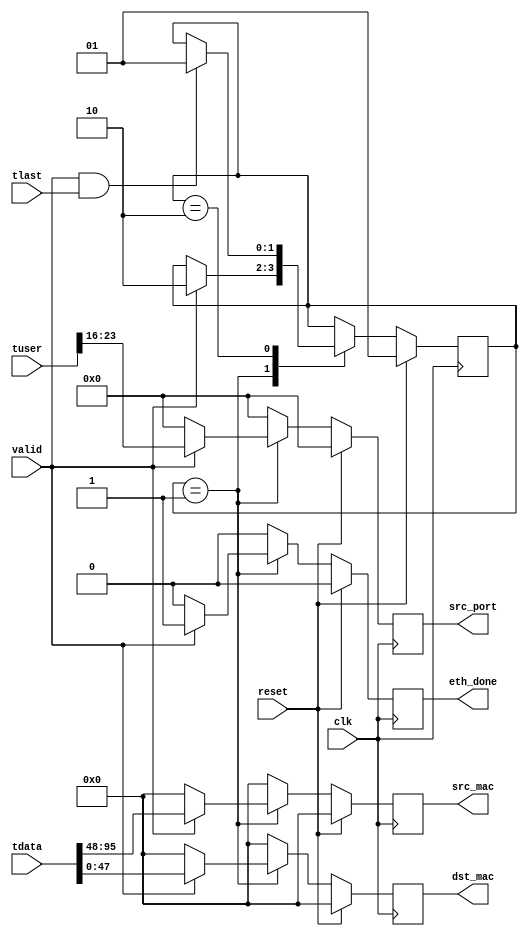
/*******************************************************************************
 *
 *  NetFPGA-10G http://www.netfpga.org
 *
 *  File:
 *        eth_parser.v
 *
 *  Library:
 *        /hw/contrib/pcores/nf10_switch_output_port_lookup_v1_10_a
 *
 *  Module:
 *        eth_parser
 *
 *  Author:
 *        Gianni Antichi, Muhammad Shahbaz
 *
 *  Description:
 *        parsing of the L2 header
 *
 *  Copyright notice:
 *        Copyright (C) 2010, 2011 The Board of Trustees of The Leland Stanford
 *                                 Junior University
 *
 *  Licence:
 *        This file is part of the NetFPGA 10G development base package.
 *
 *        This file is free code: you can redistribute it and/or modify it under
 *        the terms of the GNU Lesser General Public License version 2.1 as
 *        published by the Free Software Foundation.
 *
 *        This package is distributed in the hope that it will be useful, but
 *        WITHOUT ANY WARRANTY; without even the implied warranty of
 *        MERCHANTABILITY or FITNESS FOR A PARTICULAR PURPOSE.  See the GNU
 *        Lesser General Public License for more details.
 *
 *        You should have received a copy of the GNU Lesser General Public
 *        License along with the NetFPGA source package.  If not, see
 *        http://www.gnu.org/licenses/.
 *
 */
  `timescale 1ns/1ps

  module eth_parser
    #(parameter C_S_AXIS_DATA_WIDTH  = 256,
      parameter C_S_AXIS_TUSER_WIDTH = 128,
      parameter SRC_PORT_POS         = 16,
      parameter NUM_QUEUES           = 8
    )
    (
      // --- Interface to the previous stage
      input  [C_S_AXIS_DATA_WIDTH-1:0]   tdata,
      input  [C_S_AXIS_TUSER_WIDTH-1:0]  tuser,
      input                              valid,
      input 				             tlast,

      // --- Interface to output_port_lookup
      output reg [47:0]                  dst_mac,
      output reg [47:0]                  src_mac,
      output reg                         eth_done,
      output reg [NUM_QUEUES-1:0]        src_port,
  
      // --- Misc
      input                              reset,
      input                              clk
    );
    
 // ------------ Internal Params --------

   localparam NUM_STATES         = 2;
   localparam READ_MAC_ADDRESSES = 1;
   localparam WAIT_EOP           = 2;

   // ------------- Regs/ wires -----------

   reg [47:0]                  dst_mac_w;
   reg [47:0]                  src_mac_w;
   reg                         eth_done_w;
   reg [NUM_QUEUES-1:0]        src_port_w;
   
   reg [NUM_STATES-1:0]        state, state_next;

   // ------------ Logic ----------------

   always @(*) begin
      src_mac_w      = 0;
      dst_mac_w      = 0;
      eth_done_w     = 0;
      src_port_w     = 0;
      state_next     = state;
      
	  case(state)
        /* read the input source header and get the first word */
        READ_MAC_ADDRESSES: begin
           if(valid) begin
              src_port_w   = tuser[SRC_PORT_POS+7:SRC_PORT_POS];
              dst_mac_w    = tdata[47:0];
              src_mac_w    = tdata[95:48];
	          eth_done_w   = 1;
              state_next = WAIT_EOP;
           end
        end // case: READ_WORD_1

        WAIT_EOP: begin
           if(valid && tlast)
              state_next = READ_MAC_ADDRESSES;
           end
      endcase // case(state)
   end // always @ (*)

   always @(posedge clk) begin
      if(reset) begin
	     src_port <= {NUM_QUEUES{1'b0}};
		 dst_mac  <= 48'b0;
		 src_mac  <= 48'b0;
		 eth_done <= 0;
		 
         state  <= READ_MAC_ADDRESSES;
      end
      else begin
	     src_port <= src_port_w;
		 dst_mac  <= dst_mac_w;
		 src_mac  <= src_mac_w;
		 eth_done <= eth_done_w;
		 
         state  <= state_next;
      end // else: !if(reset)
   end // always @ (posedge clk)

endmodule // ethernet_parser